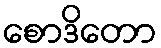
စောဒိတော